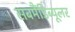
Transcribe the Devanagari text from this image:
सबमैंडिब्यूलर